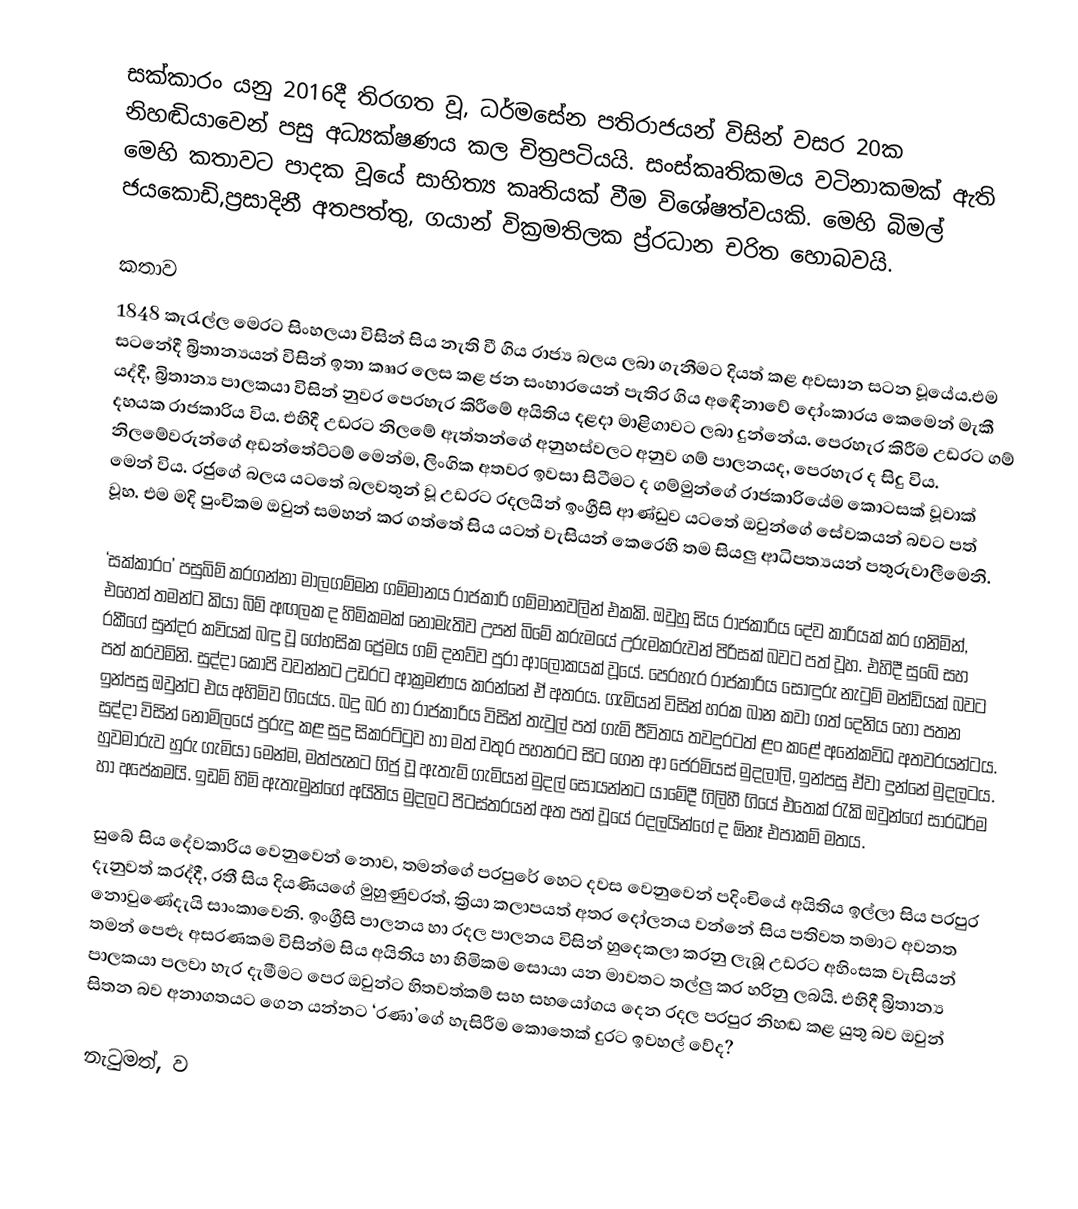
සක්කාරං යනු 2016දී තිරගත වූ, ධර්මසේන පතිරාජයන් විසින් වසර 20ක නිහඬියාවෙන් පසු අධ්‍යක්ෂණය කල චිත්‍රපටියයි. සංස්කෘතිකමය වටිනාකමක් ඇති මෙහි කතාවට පාදක වූයේ සාහිත්‍ය කෘතියක් වීම විශේෂත්වයකි. මෙහි බිමල් ජයකොඩි,ප්‍රසාදිනී අතපත්තු, ගයාන් වික්‍රමතිලක ප්‍ර්‍රධාන චරිත හොබවයි.

කතාව
1848 කැරැල්ල මෙරට සිංහලයා විසින් සිය නැති වී ගිය රාජ්‍ය බලය ලබා ගැනීමට දියත් කළ අවසාන සටන වූයේය.එම සටනේදී බ්‍රිතාන්‍යයන් විසින් ඉතා කෲර ලෙස කළ ජන සංහාරයෙන් පැතිර ගිය අඳෙීනාවේ දෝංකාරය කෙමෙන් මැකී යද්දී, බ්‍රිතාන්‍ය පාලකයා විසින් නුවර පෙරහැර කිරීමේ අයිතිය දළදා මාළිගාවට ලබා දුන්නේය. පෙරහැර කිරීම උඩරට ගම් දහයක රාජකාරිය විය. එහිදී උඩරට නිලමේ ඇත්තන්ගේ අනුහස්වලට අනුව ගම් පාලනයද, පෙරහැර ද සිදු විය. නිලමේවරුන්ගේ අඩන්තේට්ටම් මෙන්ම, ලිංගික අතවර ඉවසා සිටීමට ද ගම්මුන්ගේ රාජකාරියේම කොටසක් වූවාක් මෙන් විය. රජුගේ බලය යටතේ බලවතුන් වූ උඩරට රදලයින් ඉංග්‍රීසි ආණ්ඩුව යටතේ ඔවුන්ගේ සේවකයන් බවට පත් වූහ. එම මදි පුංචිකම ඔවුන් සමහන් කර ගත්තේ සිය යටත් වැසියන් කෙරෙහි තම සියලු ආධිපත්‍යයන් පතුරුවාලීමෙනි.

‘සක්කාරං’ පසුබිම් කරගන්නා මාලගම්මන ගම්මානය රාජකාරි ගම්මානවලින් එකකි. ඔවුහු සිය රාජකාරිය දේව කාරියක් කර ගනිමින්, එහෙත් තමන්ට කියා බිම් අඟලක ද හිමිකමක් නොමැතිව උපන් බිමේ කරුමයේ උරුමකරුවන් පිරිසක් බවට පත් වූහ. එහිදී සුබේ සහ රකීගේ සුන්දර කවියක් බඳු වූ ගේහසික ප්‍රේමය ගම් දනව්ව පුරා ආලෝකයක් වූයේ. පෙරහැර රාජකාරිය සොඳුරු නැටුම් මන්ඩියක් බවට පත් කරවමිනි. සුද්දා කෝපි වවන්නට උඩරට ආක්‍රමණය කරන්නේ ඒ අතරය. ගැමියන් විසින් හරක බාන කවා ගත් දෙනිය හෝ පතන ඉන්පසු ඔවුන්ට එය අහිමිව ගියේය. බදු බර හා රාජකාරිය විසින් තැවුල් පත් ගැමි ජීවිතය තවදුරටත් ළං කළේ අනේකවිධ අතවරයන්ටය. සුද්දා විසින් නොමිලයේ පුරුදු කළ සුදු සිකරට්ටුව හා මත් වතුර පහතරට සිට ගෙන ආ ජෙරමියස් මුදලාලි, ඉන්පසු ඒවා දුන්නේ මුදලටය. හුවමාරුව හුරු ගැමියා මෙන්ම, මත්පැනට ගිජු වූ ඇතැම් ගැමියන් මුදල් සොයන්නට යාමේදී ගිලිහී ගියේ එතෙක් රැකි ඔවුන්ගේ සාරධර්ම හා අපේකමයි. ඉඩම් හිමි ඇතැමුන්ගේ අයිතිය මුදලට පිටස්තරයන් අත පත් වූයේ රදලයින්ගේ ද ඕනෑ එපාකම් මතය.

සුබේ සිය දේවකාරිය වෙනුවෙන් නොව, තමන්ගේ පරපුරේ හෙට දවස වෙනුවෙන් පදිංචියේ අයිතිය ඉල්ලා සිය පරපුර දැනුවත් කරද්දී, රතී සිය දියණියගේ මුහුණුවරත්, ක්‍රියා කලාපයත් අතර දෝලනය වන්නේ සිය පතිවත තමාට අවනත නොවුණේදැයි සාංකාවෙනි. ඉංග්‍රීසි පාලනය හා රදල පාලනය විසින් හුදෙකලා කරනු ලැබූ උඩරට අහිංසක වැසියන් තමන් පෙළූ අසරණකම විසින්ම සිය අයිතිය හා හිමිකම සොයා යන මාවතට තල්ලු කර හරිනු ලබයි. එහිදී බ්‍රිතාන්‍ය පාලකයා පලවා හැර දැමීමට පෙර ඔවුන්ට හිතවත්කම් සහ සහයෝගය දෙන රදල පරපුර නිහඬ කළ යුතු බව ඔවුන් සිතන බව අනාගතයට ගෙන යන්නට ‘රණා’ගේ හැසිරීම කොතෙක් දුරට ඉවහල් වේද?

නැටුමත්, ව